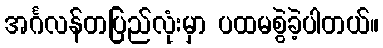
အင်္ဂလန်တပြည်လုံးမှာ ပထမစွဲခဲ့ပါတယ်။